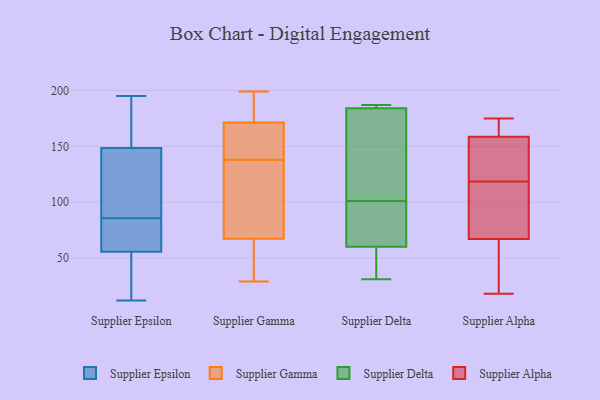
{"axis": {"x": "Latency (ms)", "y": "Value"}, "legend": ["Supplier Alpha", "Supplier Delta", "Supplier Epsilon", "Supplier Gamma"], "data": [{"x": "", "y": 136, "type": "Supplier Epsilon"}, {"x": "", "y": 85, "type": "Supplier Epsilon"}, {"x": "", "y": 34, "type": "Supplier Epsilon"}, {"x": "", "y": 57, "type": "Supplier Epsilon"}, {"x": "", "y": 99, "type": "Supplier Epsilon"}, {"x": "", "y": 188, "type": "Supplier Epsilon"}, {"x": "", "y": 17, "type": "Supplier Epsilon"}, {"x": "", "y": 12, "type": "Supplier Epsilon"}, {"x": "", "y": 68, "type": "Supplier Epsilon"}, {"x": "", "y": 86, "type": "Supplier Epsilon"}, {"x": "", "y": 179, "type": "Supplier Epsilon"}, {"x": "", "y": 179, "type": "Supplier Epsilon"}, {"x": "", "y": 55, "type": "Supplier Epsilon"}, {"x": "", "y": 138, "type": "Supplier Epsilon"}, {"x": "", "y": 159, "type": "Supplier Epsilon"}, {"x": "", "y": 119, "type": "Supplier Epsilon"}, {"x": "", "y": 41, "type": "Supplier Epsilon"}, {"x": "", "y": 56, "type": "Supplier Epsilon"}, {"x": "", "y": 61, "type": "Supplier Epsilon"}, {"x": "", "y": 195, "type": "Supplier Epsilon"}, {"x": "", "y": 29, "type": "Supplier Gamma"}, {"x": "", "y": 62, "type": "Supplier Gamma"}, {"x": "", "y": 101, "type": "Supplier Gamma"}, {"x": "", "y": 55, "type": "Supplier Gamma"}, {"x": "", "y": 165, "type": "Supplier Gamma"}, {"x": "", "y": 196, "type": "Supplier Gamma"}, {"x": "", "y": 30, "type": "Supplier Gamma"}, {"x": "", "y": 190, "type": "Supplier Gamma"}, {"x": "", "y": 161, "type": "Supplier Gamma"}, {"x": "", "y": 121, "type": "Supplier Gamma"}, {"x": "", "y": 154, "type": "Supplier Gamma"}, {"x": "", "y": 196, "type": "Supplier Gamma"}, {"x": "", "y": 69, "type": "Supplier Gamma"}, {"x": "", "y": 138, "type": "Supplier Gamma"}, {"x": "", "y": 199, "type": "Supplier Gamma"}, {"x": "", "y": 147, "type": "Supplier Gamma"}, {"x": "", "y": 79, "type": "Supplier Gamma"}, {"x": "", "y": 31, "type": "Supplier Delta"}, {"x": "", "y": 77, "type": "Supplier Delta"}, {"x": "", "y": 106, "type": "Supplier Delta"}, {"x": "", "y": 46, "type": "Supplier Delta"}, {"x": "", "y": 163, "type": "Supplier Delta"}, {"x": "", "y": 60, "type": "Supplier Delta"}, {"x": "", "y": 186, "type": "Supplier Delta"}, {"x": "", "y": 184, "type": "Supplier Delta"}, {"x": "", "y": 96, "type": "Supplier Delta"}, {"x": "", "y": 187, "type": "Supplier Delta"}, {"x": "", "y": 175, "type": "Supplier Alpha"}, {"x": "", "y": 156, "type": "Supplier Alpha"}, {"x": "", "y": 18, "type": "Supplier Alpha"}, {"x": "", "y": 147, "type": "Supplier Alpha"}, {"x": "", "y": 161, "type": "Supplier Alpha"}, {"x": "", "y": 121, "type": "Supplier Alpha"}, {"x": "", "y": 116, "type": "Supplier Alpha"}, {"x": "", "y": 163, "type": "Supplier Alpha"}, {"x": "", "y": 70, "type": "Supplier Alpha"}, {"x": "", "y": 26, "type": "Supplier Alpha"}, {"x": "", "y": 88, "type": "Supplier Alpha"}, {"x": "", "y": 64, "type": "Supplier Alpha"}]}